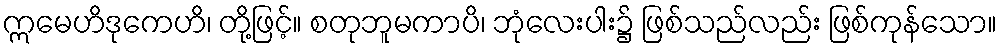
ဣမေဟိဒုကေဟိ၊ တို့ဖြင့်။ စတုဘူမကာပိ၊ ဘုံလေးပါး၌ ဖြစ်သည်လည်း ဖြစ်ကုန်သော။